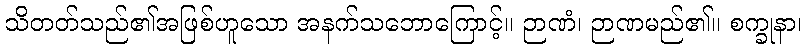
သိတတ်သည်၏အဖြစ်ဟူသော အနက်သဘောကြောင့်။ ဉာဏံ၊ ဉာဏမည်၏။ စက္ခုနာ၊